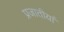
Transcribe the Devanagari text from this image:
प्रजातीयां